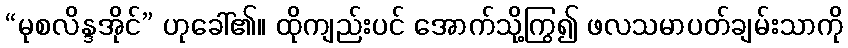
“မုစလိန္ဒအိုင်” ဟုခေါ်၏။ ထိုကျည်းပင် အောက်သို့ကြွ၍ ဖလသမာပတ်ချမ်းသာကို